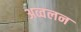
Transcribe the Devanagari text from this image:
अव्वलन